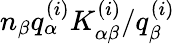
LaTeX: n_{\beta}q_{\alpha}^{(i)}K_{\alpha\beta}^{(i)}/q_{\beta}^{(i)}